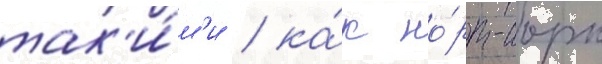
так'и́м'и / ка́к но́рт-иорк